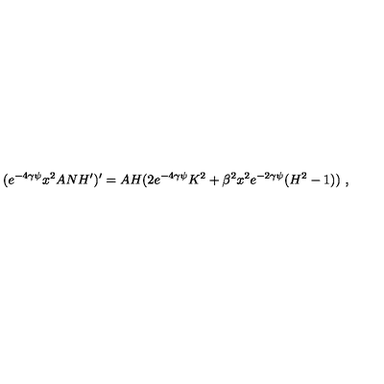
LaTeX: ( e ^ { - 4 \gamma \psi } x ^ { 2 } A N H ^ { \prime } ) ^ { \prime } = A H ( 2 e ^ { - 4 \gamma \psi } K ^ { 2 } + \beta ^ { 2 } x ^ { 2 } e ^ { - 2 \gamma \psi } ( H ^ { 2 } - 1 ) ) \ ,